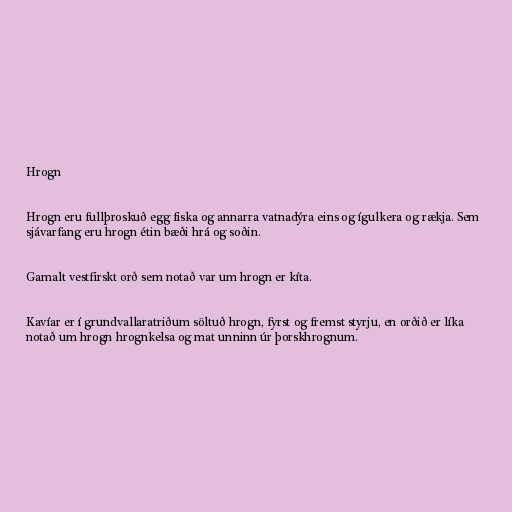
Hrogn

Hrogn eru fullþroskuð egg fiska og annarra vatnadýra eins og ígulkera og rækja. Sem
sjávarfang eru hrogn étin bæði hrá og soðin.

Gamalt vestfirskt orð sem notað var um hrogn er kíta.

Kavíar er í grundvallaratriðum söltuð hrogn, fyrst og fremst styrju, en orðið er líka
notað um hrogn hrognkelsa og mat unninn úr þorskhrognum.